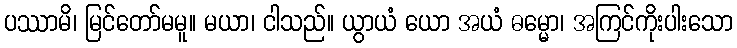
ပဿာမိ၊ မြင်တော်မမူ။ မယာ၊ ငါသည်။ ယွာယံ ယော အယံ ဓမ္မော၊ အကြင်ကိုးပါးသော